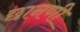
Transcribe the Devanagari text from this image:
छानणी